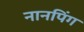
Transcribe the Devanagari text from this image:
नानपिंग